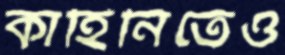
কাহিনিতেও